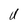
Character: U